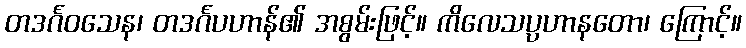
တဒင်္ဂဝသေန၊ တဒင်္ဂပဟာန်၏ အစွမ်းဖြင့်။ ကိလေသပ္ပဟာနတော၊ ကြောင့်။